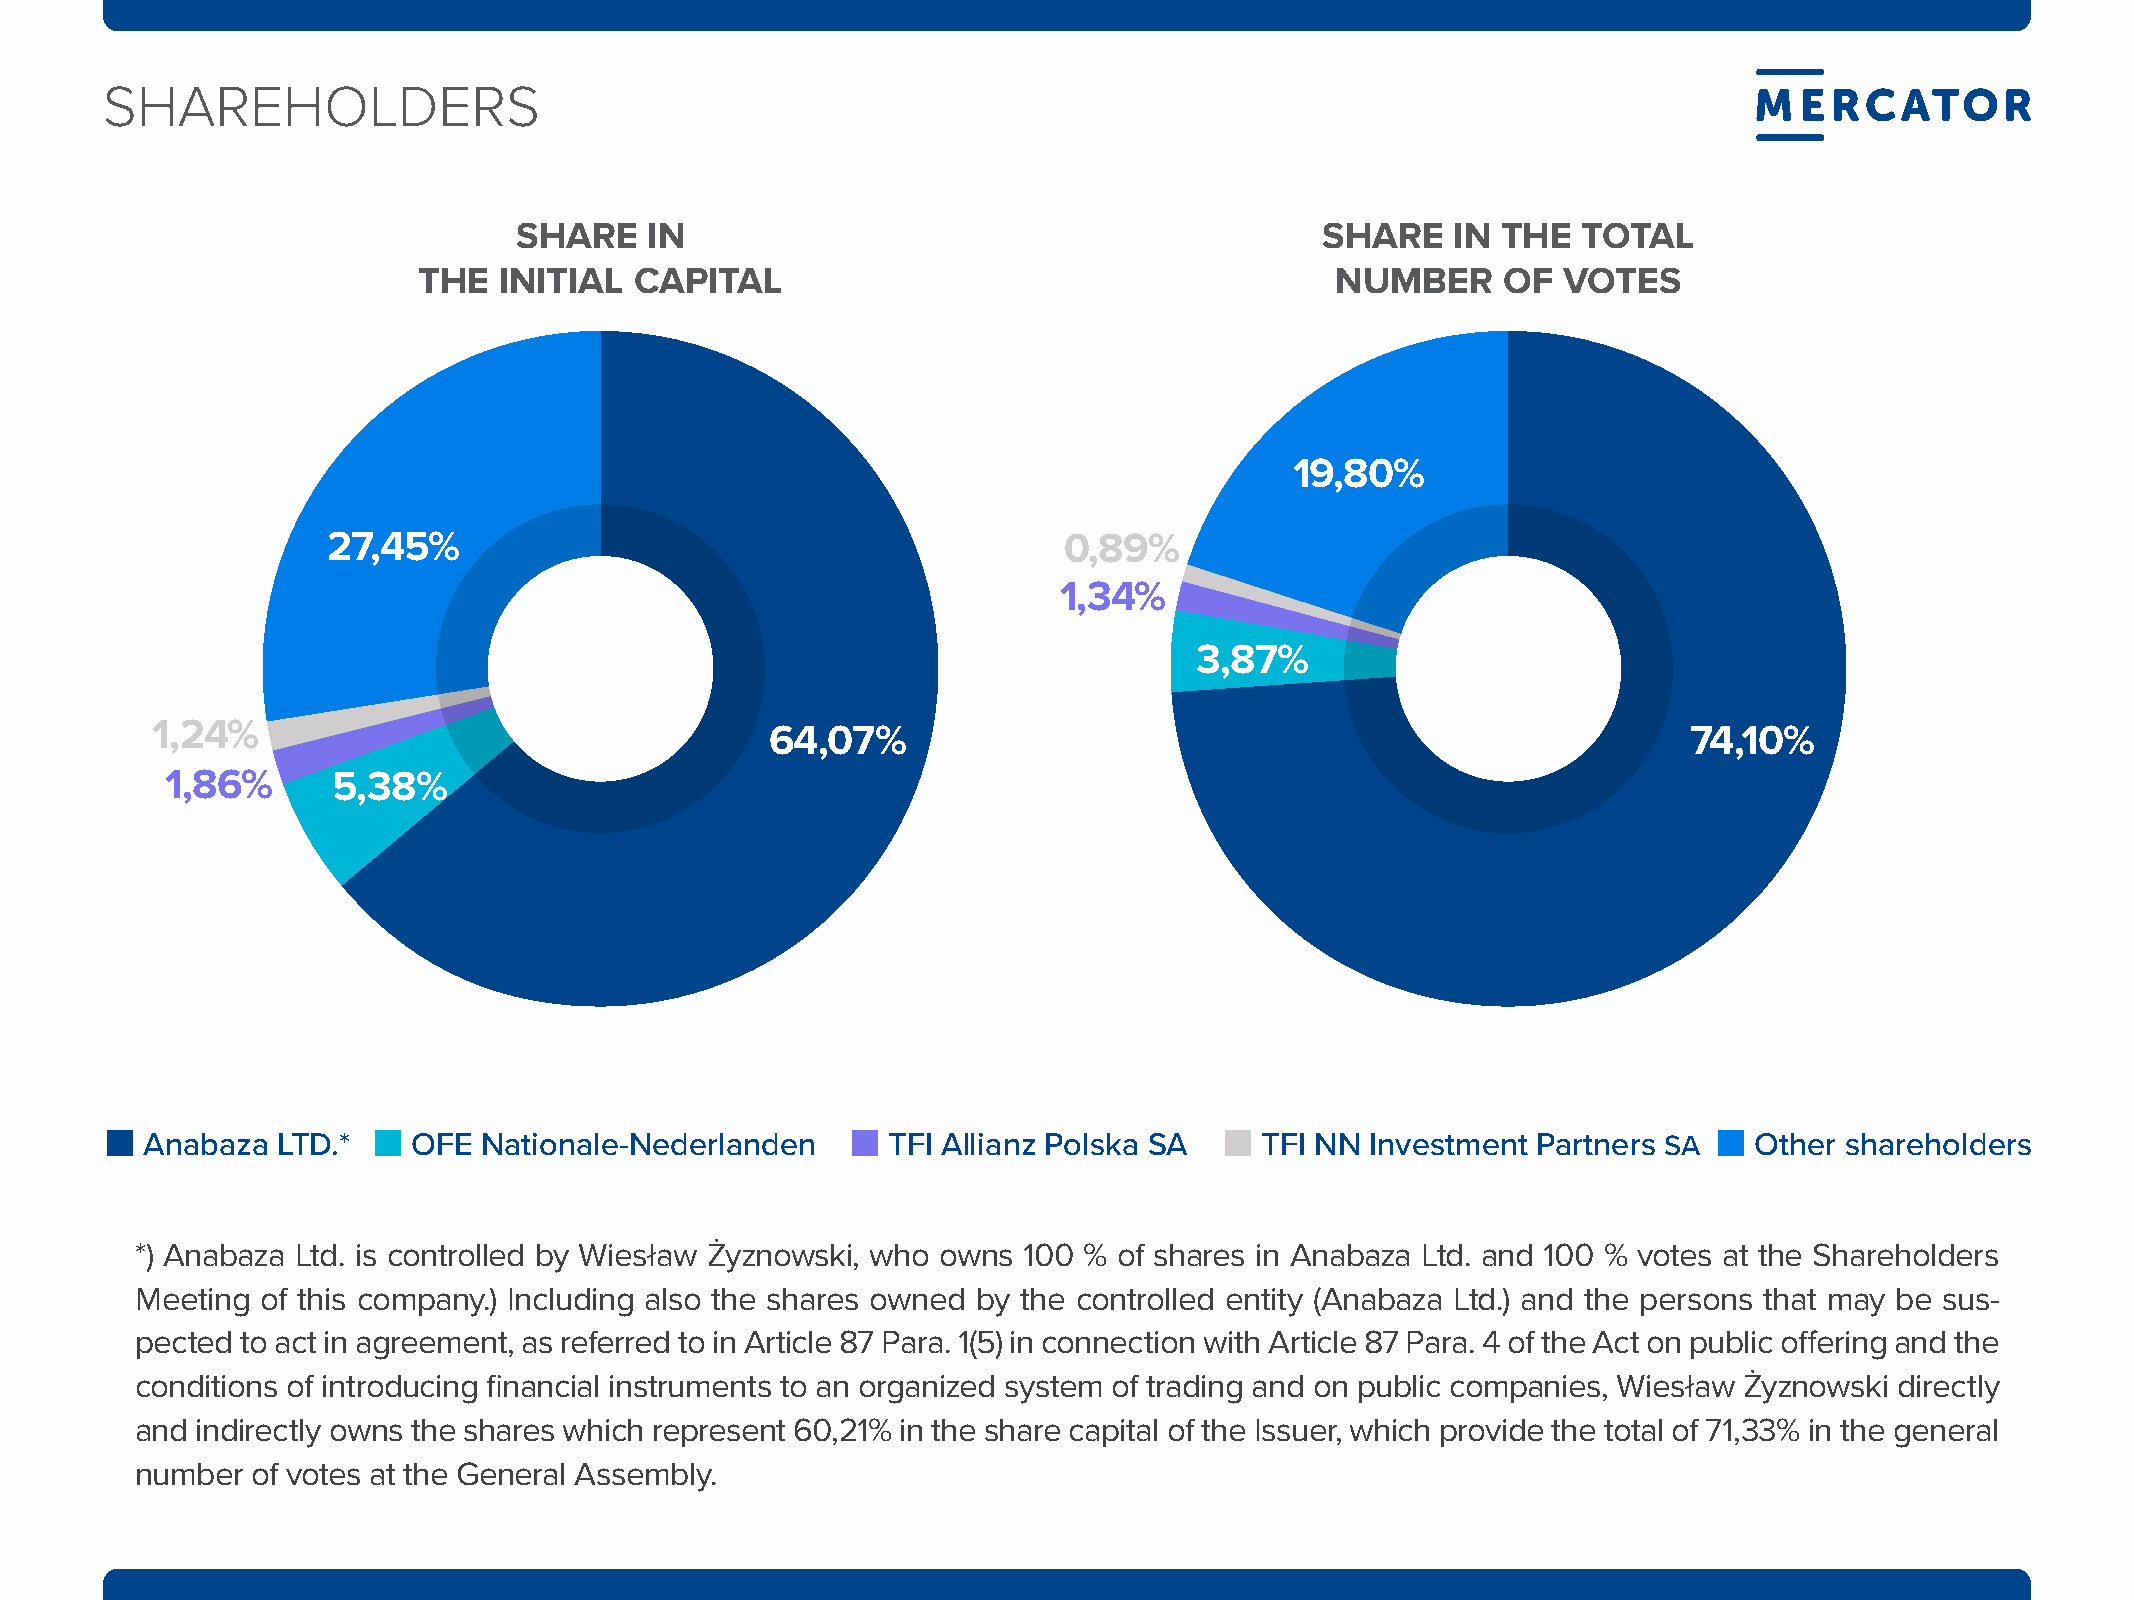
sHarEHOldErs
 SHARE    IN                                           SHARE   IN THE   TOTAL
 THE  INITIAL  CAPITAL                                       NUMBER     OF  VOTES
 19,80%
 27,45%                                          0,89%
 1,34%
 3,87%
 1,24%                                    64,07%                                                       74,10%
 1,86%      5,38%
 anabaza  lTD.*    ofe  nationale-nederlanden      Tfi allianz Polska Sa   Tfi nn  investment Partners Sa   other shareholders
 *) Anabaza Ltd. is controlled by Wiesław Żyznowski, who owns 100 % of shares in Anabaza Ltd. and 100 % votes at the Shareholders
 Meeting of this company.) Including also the shares owned by the controlled entity (Anabaza Ltd.) and the persons that may be sus-
 pected to act in agreement, as referred to in Article 87 Para. 1(5) in connection with Article 87 Para. 4 of the Act on public offering and the
 conditions of introducing financial instruments to an organized system of trading and on public companies, Wiesław Żyznowski directly
 and indirectly owns the shares which represent 60,21% in the share capital of the Issuer, which provide the total of 71,33% in the general
 number  of votes at the General Assembly.